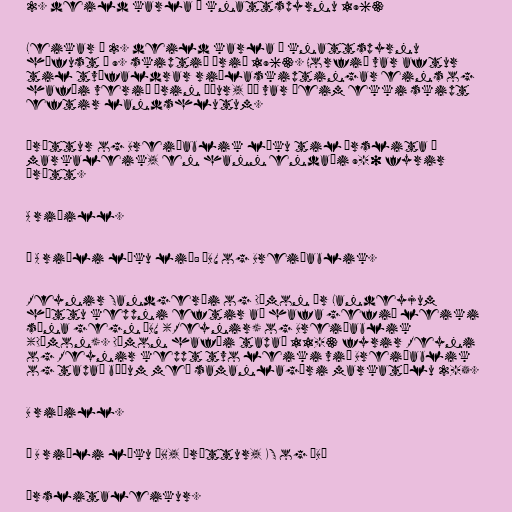
2. deild karla í knattspyrnu 1963

Leikar í 2. deild karla í knattspyrnu
hófust í 9. skiptið árið 1963. Horfið var aftur
til tvöfaldrar riðlaskiptingar eins og
hafði verið árin áður, þó var þeim ekki skipt
eftir landshlutum.

Þróttur og Breiðablik léku til úrslita í
markaleik, en hann endaði 9-0 fyrir
Þrótt.

A riðill.

Í A riðli léku lið: ÍBV og Breiðablik.

Reynir Sandgerði og Dímon úr Landeyjum
hættu keppni eftir að hafa gefið leiki
sína gegn ÍBV (Reynir) og Breiðablik
(Dímon). Dímon hafði tapað 11-3 fyrir Reyni
og Reynir keppt tvo leiki við Breiðablik
og tapað báðum með samanlagðri markatölu 2-5.

B riðill.

Í B riðli léku ÍBH, Þróttur, KS og ÍBÍ

Úrslitaleikur.